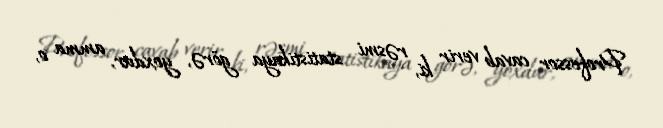
Professor cavab verir ki, rəsmi statistikaya görə, yoxdur, amma o,